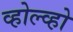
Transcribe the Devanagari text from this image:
व्होल्व्हो